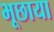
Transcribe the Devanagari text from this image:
भूछाया